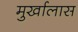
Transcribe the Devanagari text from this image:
मुर्खालास